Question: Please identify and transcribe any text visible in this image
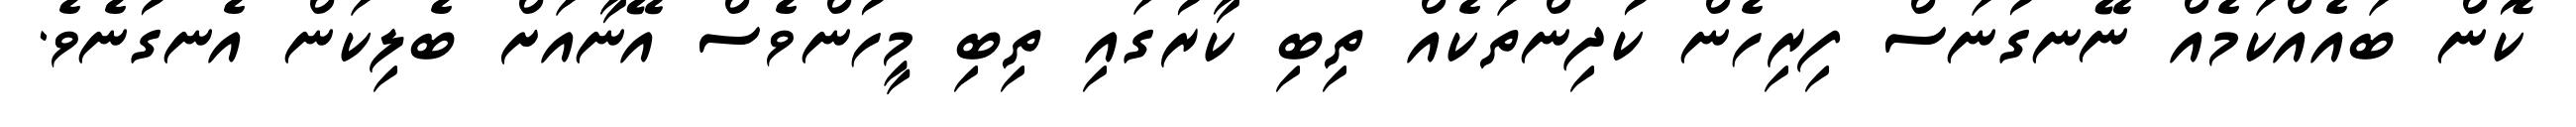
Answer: ކޮން ބައެއްކަމެއް ނޭނގުނަސް ފިރިހެން ކުދިންތަކެއް ތިބި ކާރުގައި ތިބި މީހުންވެސް އޭނާއަށް ބެލިކަން އެނގުނެވެ.